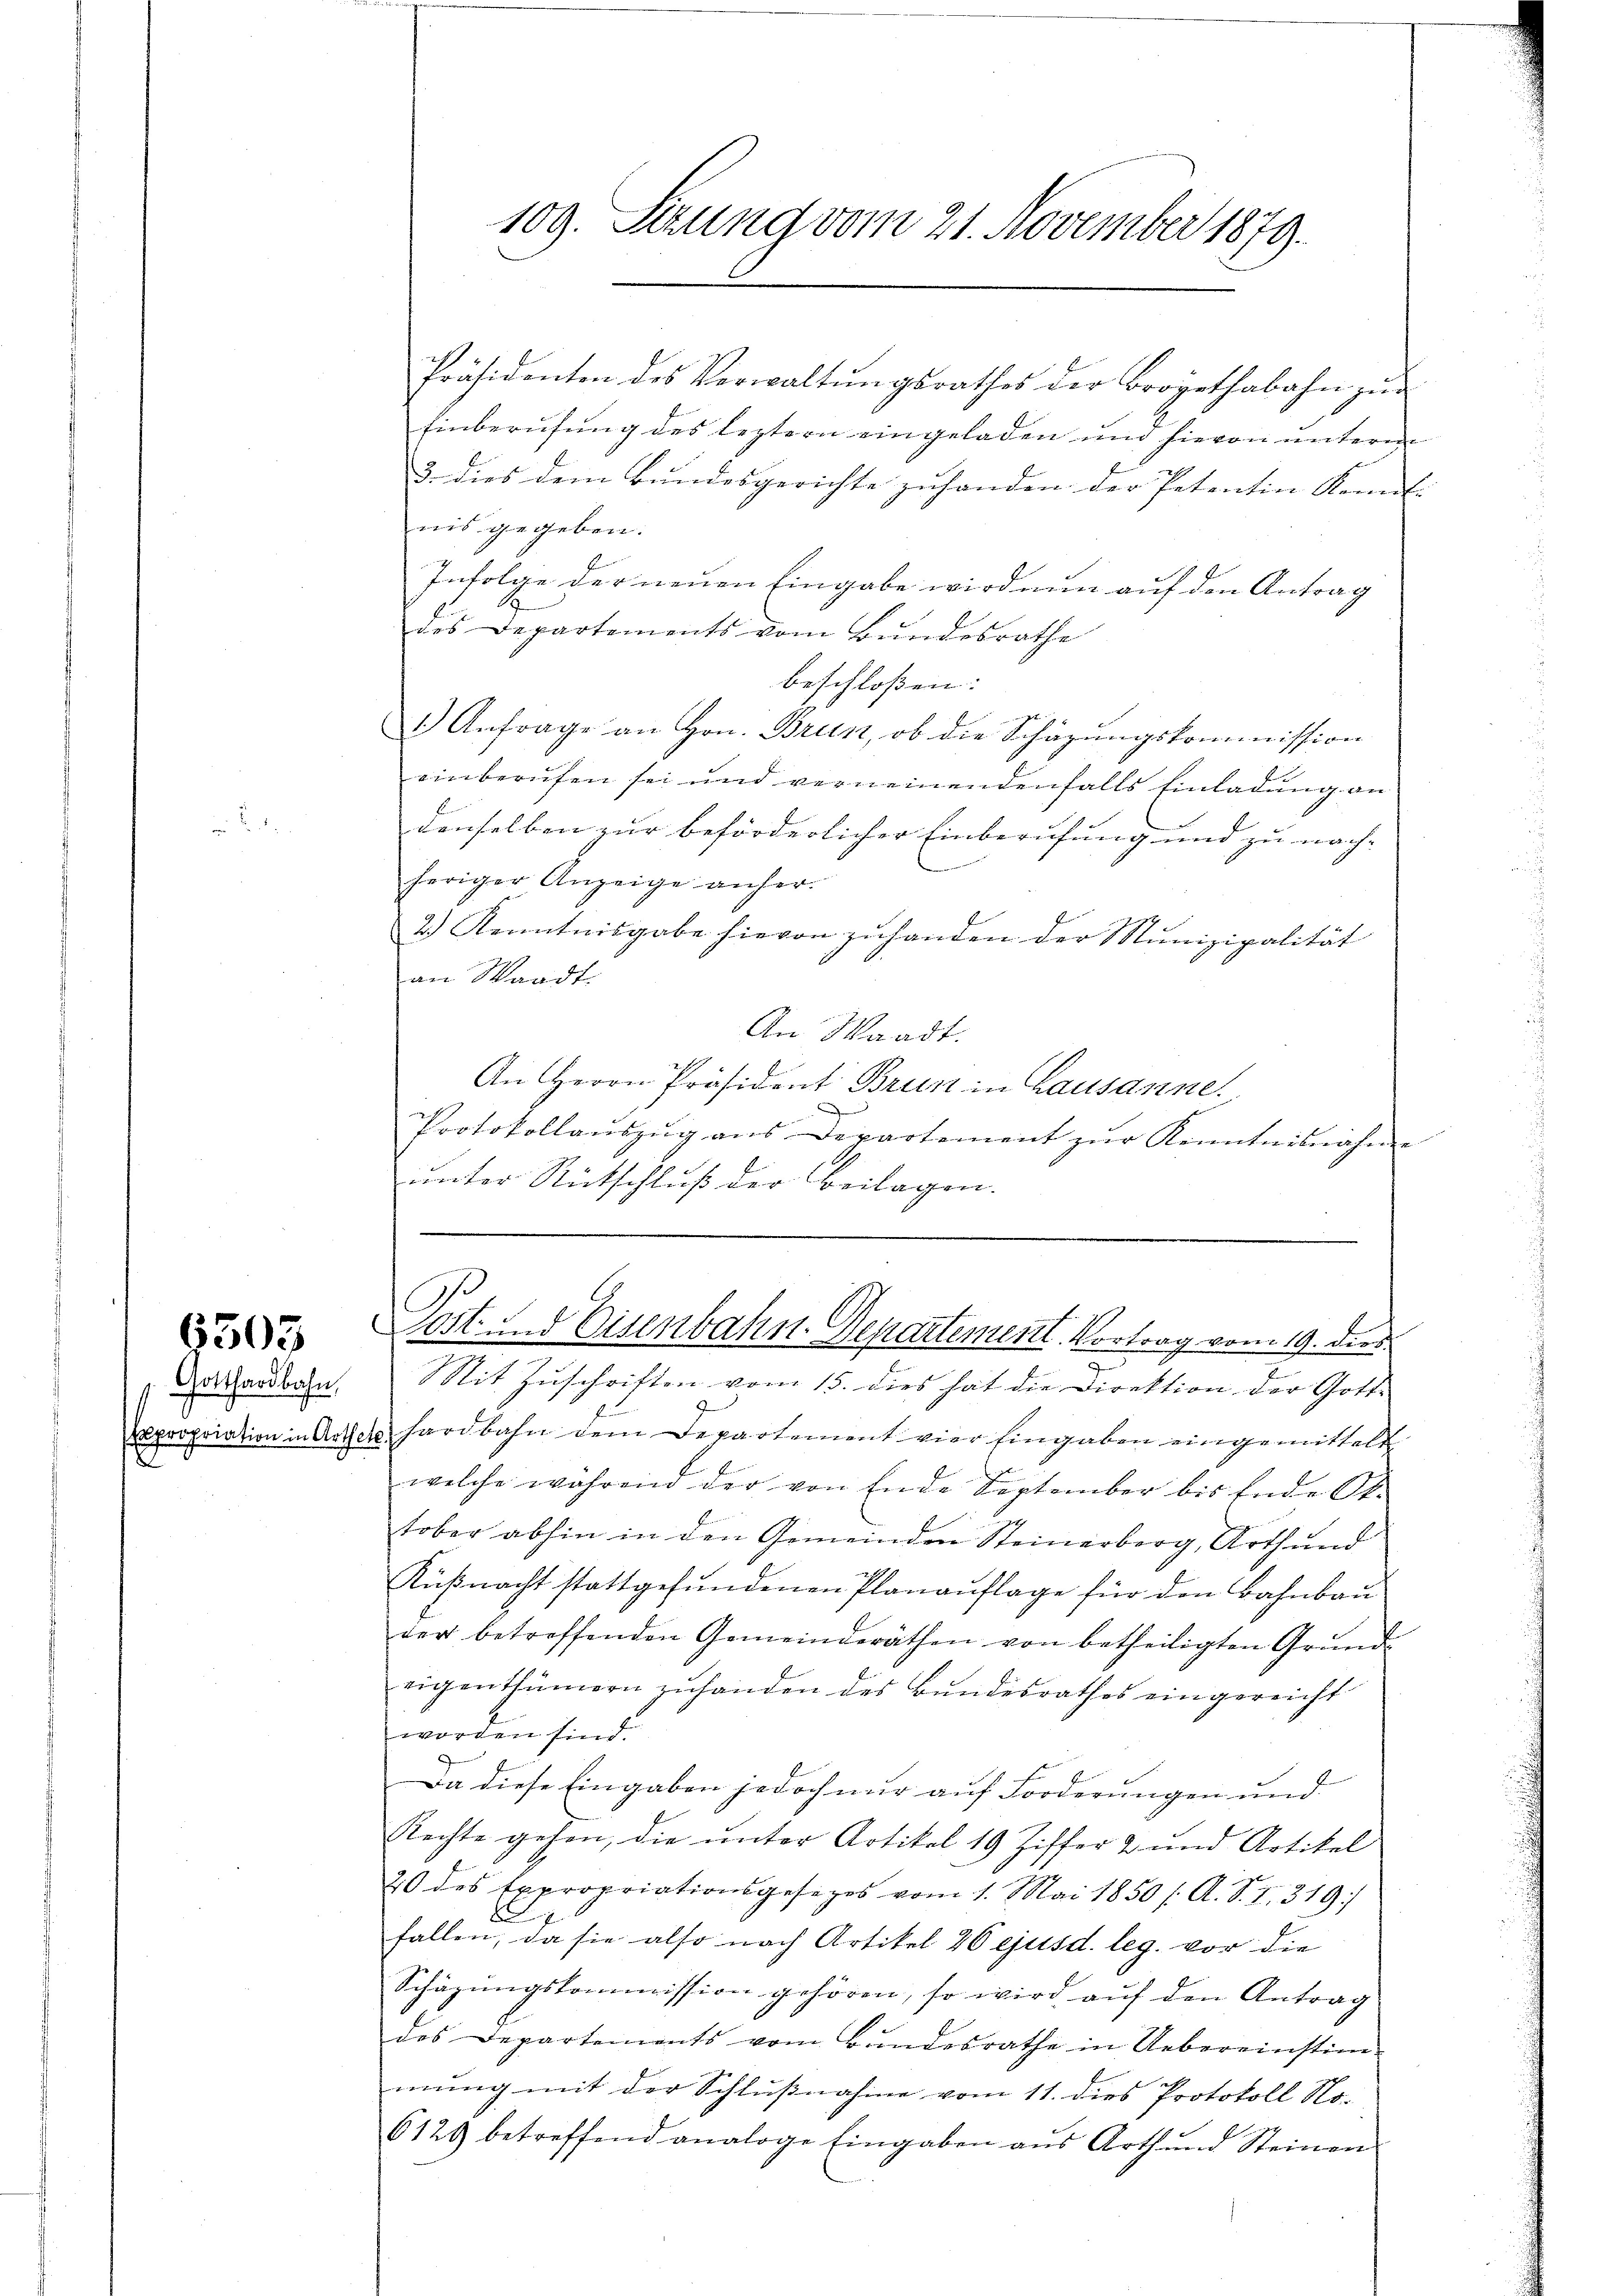
6305

Gotthardbahn,
apropriation in Arth.
2

109. Setzung vom 21. November 1879.

Präsidenten des Verwaltŭngsrathes der Brogethabahn zŭr
Einberufung des leztern eingeladen und hievon unterm
3. dies dem Bundesgerichte zuhanden der Petentin Kont-
nis gegeben.
Infolge der neuen Eingabe wird nun auf den Antrag
des Departements vom Bundesrathe
beschloßen:
) Anfrage an Hrn. Brin, ob die Schäzungskommission
einberufen sei und verneinendenfalls Einladŭng an
denselben zur beförderlicher Einberufung und zu nach
heriger Anzeige anher.
2.) Kenntnisgabe hievon zuhanden der Munizipalität
an Waadt.
An Waadt.
An Herrn Präsident Brun in Lausanne.
Protokollauszug aus Departement zur Kenntnisnahme
unter Rückschluß der Beilagen.
C
Post und Eisenbahn-Departement. Vortrag vom 19. dies
Mit Zuschriften vom 15. dies hat die Direktion der Gott¬
 hardbahn dem Departement vier Eingaben eingemittelt
f
welche wahrend der von Ende September bis Ende St.
tober abhin in den Gemeinden Steinerberg, Arth und
Küβnacht stattgefŭndenen Planaŭflage für den Bahnbau
der betreffenden Gemeinderäthen von betheiligten Grund-
eigenthümern zuhanden des Bundesrathes eingereicht
worden sind.
Da diese Eingaben jedoch nur auf Forderungen und
Rechte gehen, die unter Artikel 19 Ziffer & und Artikel
20 des Expropriationsgesezes vom 1. Mai 1850 f. A. S. I. 319.
fallen, da sie also nach Artikel 20 ejusd. leg. vor die
Schäzŭngskommission gehören, so wird aŭf den Antrag
des Departements vom Bundesrathe in Uebereinstim-
mŭng mit der Schlŭβnahme vom 11. dies Protokoll No-
6129 betreffend analoge Eingaben aŭs Arth und Steinen